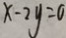
x - 2 y = 0